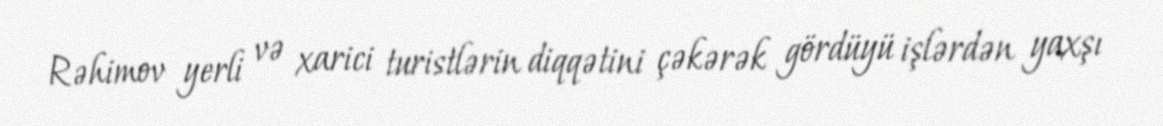
Rəhimov yerli və xarici turistlərin diqqətini çəkərək gördüyü işlərdən yaxşı